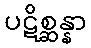
ပဋိစ္ဆန္နာ